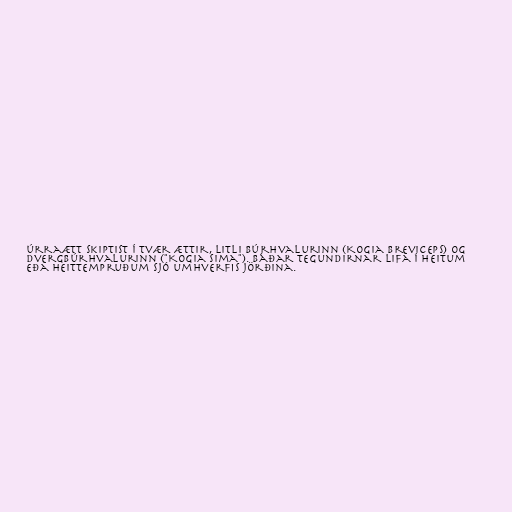
úrraætt skiptist í tvær ættir, litli búrhvalurinn (Kogia breviceps) og
dvergbúrhvalurinn ("Kogia sima"). Báðar tegundirnar lifa í heitum
eða heittempruðum sjó umhverfis jörðina.